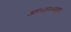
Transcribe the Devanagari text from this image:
आर०एन०सहाय